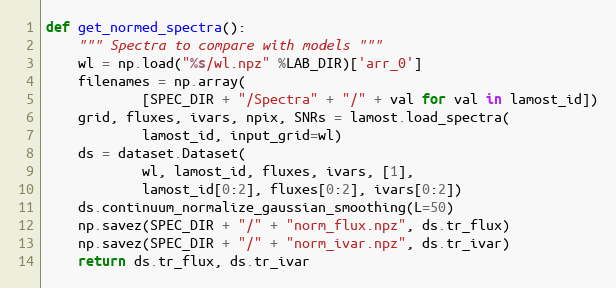
Language: Python
def get_normed_spectra():
    """ Spectra to compare with models """
    wl = np.load("%s/wl.npz" %LAB_DIR)['arr_0']
    filenames = np.array(
            [SPEC_DIR + "/Spectra" + "/" + val for val in lamost_id])
    grid, fluxes, ivars, npix, SNRs = lamost.load_spectra(
            lamost_id, input_grid=wl)
    ds = dataset.Dataset(
            wl, lamost_id, fluxes, ivars, [1],
            lamost_id[0:2], fluxes[0:2], ivars[0:2])
    ds.continuum_normalize_gaussian_smoothing(L=50)
    np.savez(SPEC_DIR + "/" + "norm_flux.npz", ds.tr_flux)
    np.savez(SPEC_DIR + "/" + "norm_ivar.npz", ds.tr_ivar)
    return ds.tr_flux, ds.tr_ivar